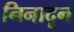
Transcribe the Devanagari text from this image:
निनादून